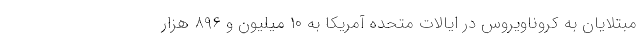
مبتلایان به کروناویروس در ایالات متحده آمریکا به ۱۰ میلیون و ۸۹۶ هزار